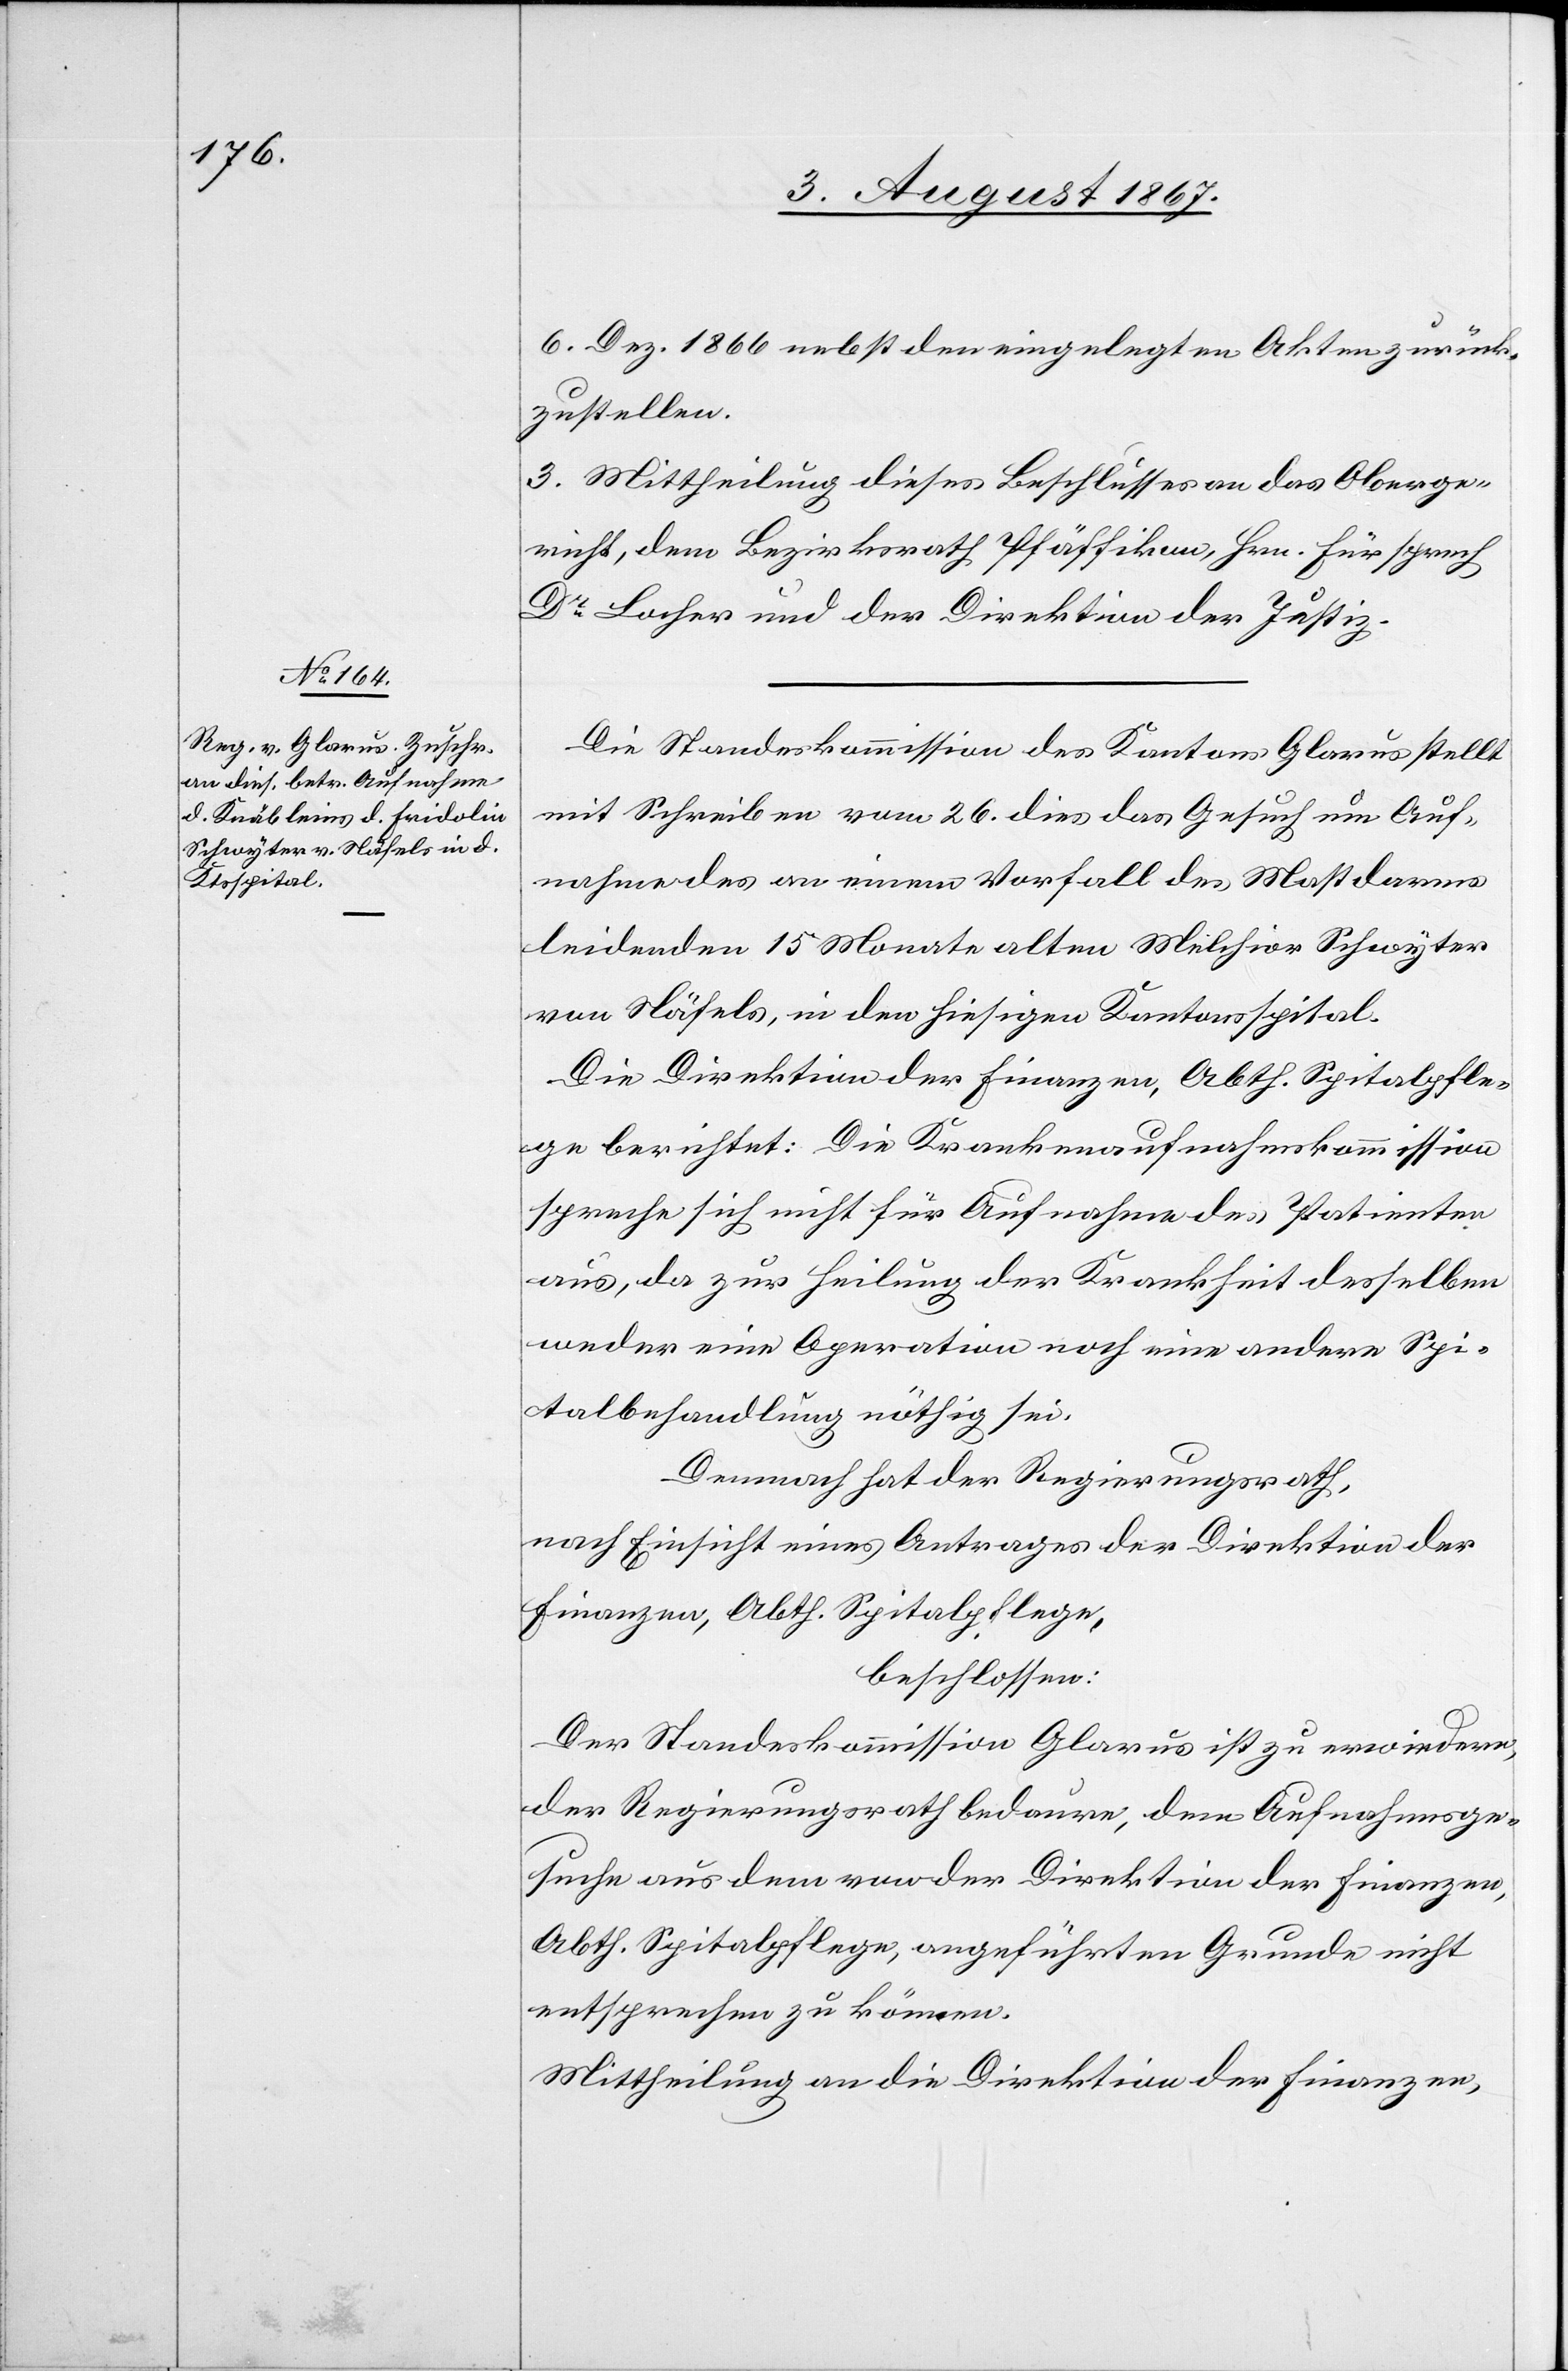
6. Dez. 1866 nebst den eingelegten Akten zurück¬
zustellen.
3. Mittheilung dieses Beschlusses an das Oberge¬
richt, dem Bezirksrath Pfäffikon, Hrn. Fürsprech
Dr. Locher und der Direktion der Justiz.
Die Standeskommission des Kantons Glarus stellt
mit Schreiben vom 26. dies das Gesuch um Auf¬
nahme des an einem Vorfall des Mastdarmes
leidenden 15 Monate alten Melchior Schwyter
von Näfels, in den hiesigen Kantonsspital.
Die Direktion der Finanzen, Abth. Spitalpfle¬
ge berichtet: Die Krankenaufnahmskommission
spreche sich nicht für Aufnahme des Patienten
aus, da zur Heilung des Krankheit desselben
weder eine Operation noch eine andere Spi¬
talbehandlung nöthig sei.
Demnach hat der Regierungsrath,
nach Einsicht eines Antrages der Direktion der
Finanzen, Abth. Spitalpflege,
beschlossen:
Der Standeskommission Glarus ist zu erwiedern,
der Regierungsrath bedaure, dem Aufnahmsge¬
suche aus dem von der Direktion der Finanzen,
Abth. Spitalpflege, angeführten Grunde nicht
entsprechen zu können.
Mittheilung an die Direktion der Finanzen,